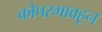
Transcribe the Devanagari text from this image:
कोपरगावहून